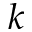
k